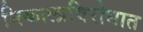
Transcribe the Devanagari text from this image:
निकालाविरोधात